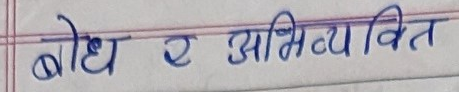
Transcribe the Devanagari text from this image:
बोध र अभिव्यक्ति